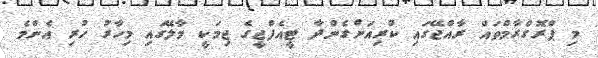
މި ޕްރޮގްރާމްތައް ރާއްޖޭގައި ކުރިއަށްގެންދާ ޓީއެފްޖީގެ ޖިމަކީ މާލޭގައި މިހާރު ހުރި އެންމެ